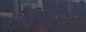
પૉલિસીઓ